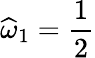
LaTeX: \widehat{\omega}_{1}=\frac 12